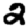
Digit: 2